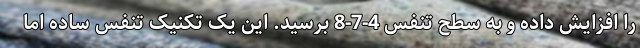
را افزایش داده و به سطح تنفس 4-7-8 برسید. این یک تکنیک تنفس ساده اما